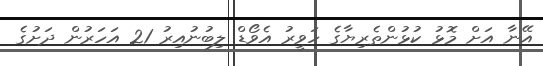
އޭނާ އަށް މޮޅު ކުޅުންތެރިޔާގެ ހަވީރު އެވޯޑް ލިބުނުއިރު 21 އަހަރުން ދަށުގެ